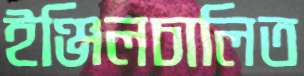
ইঞ্জিলচালিত